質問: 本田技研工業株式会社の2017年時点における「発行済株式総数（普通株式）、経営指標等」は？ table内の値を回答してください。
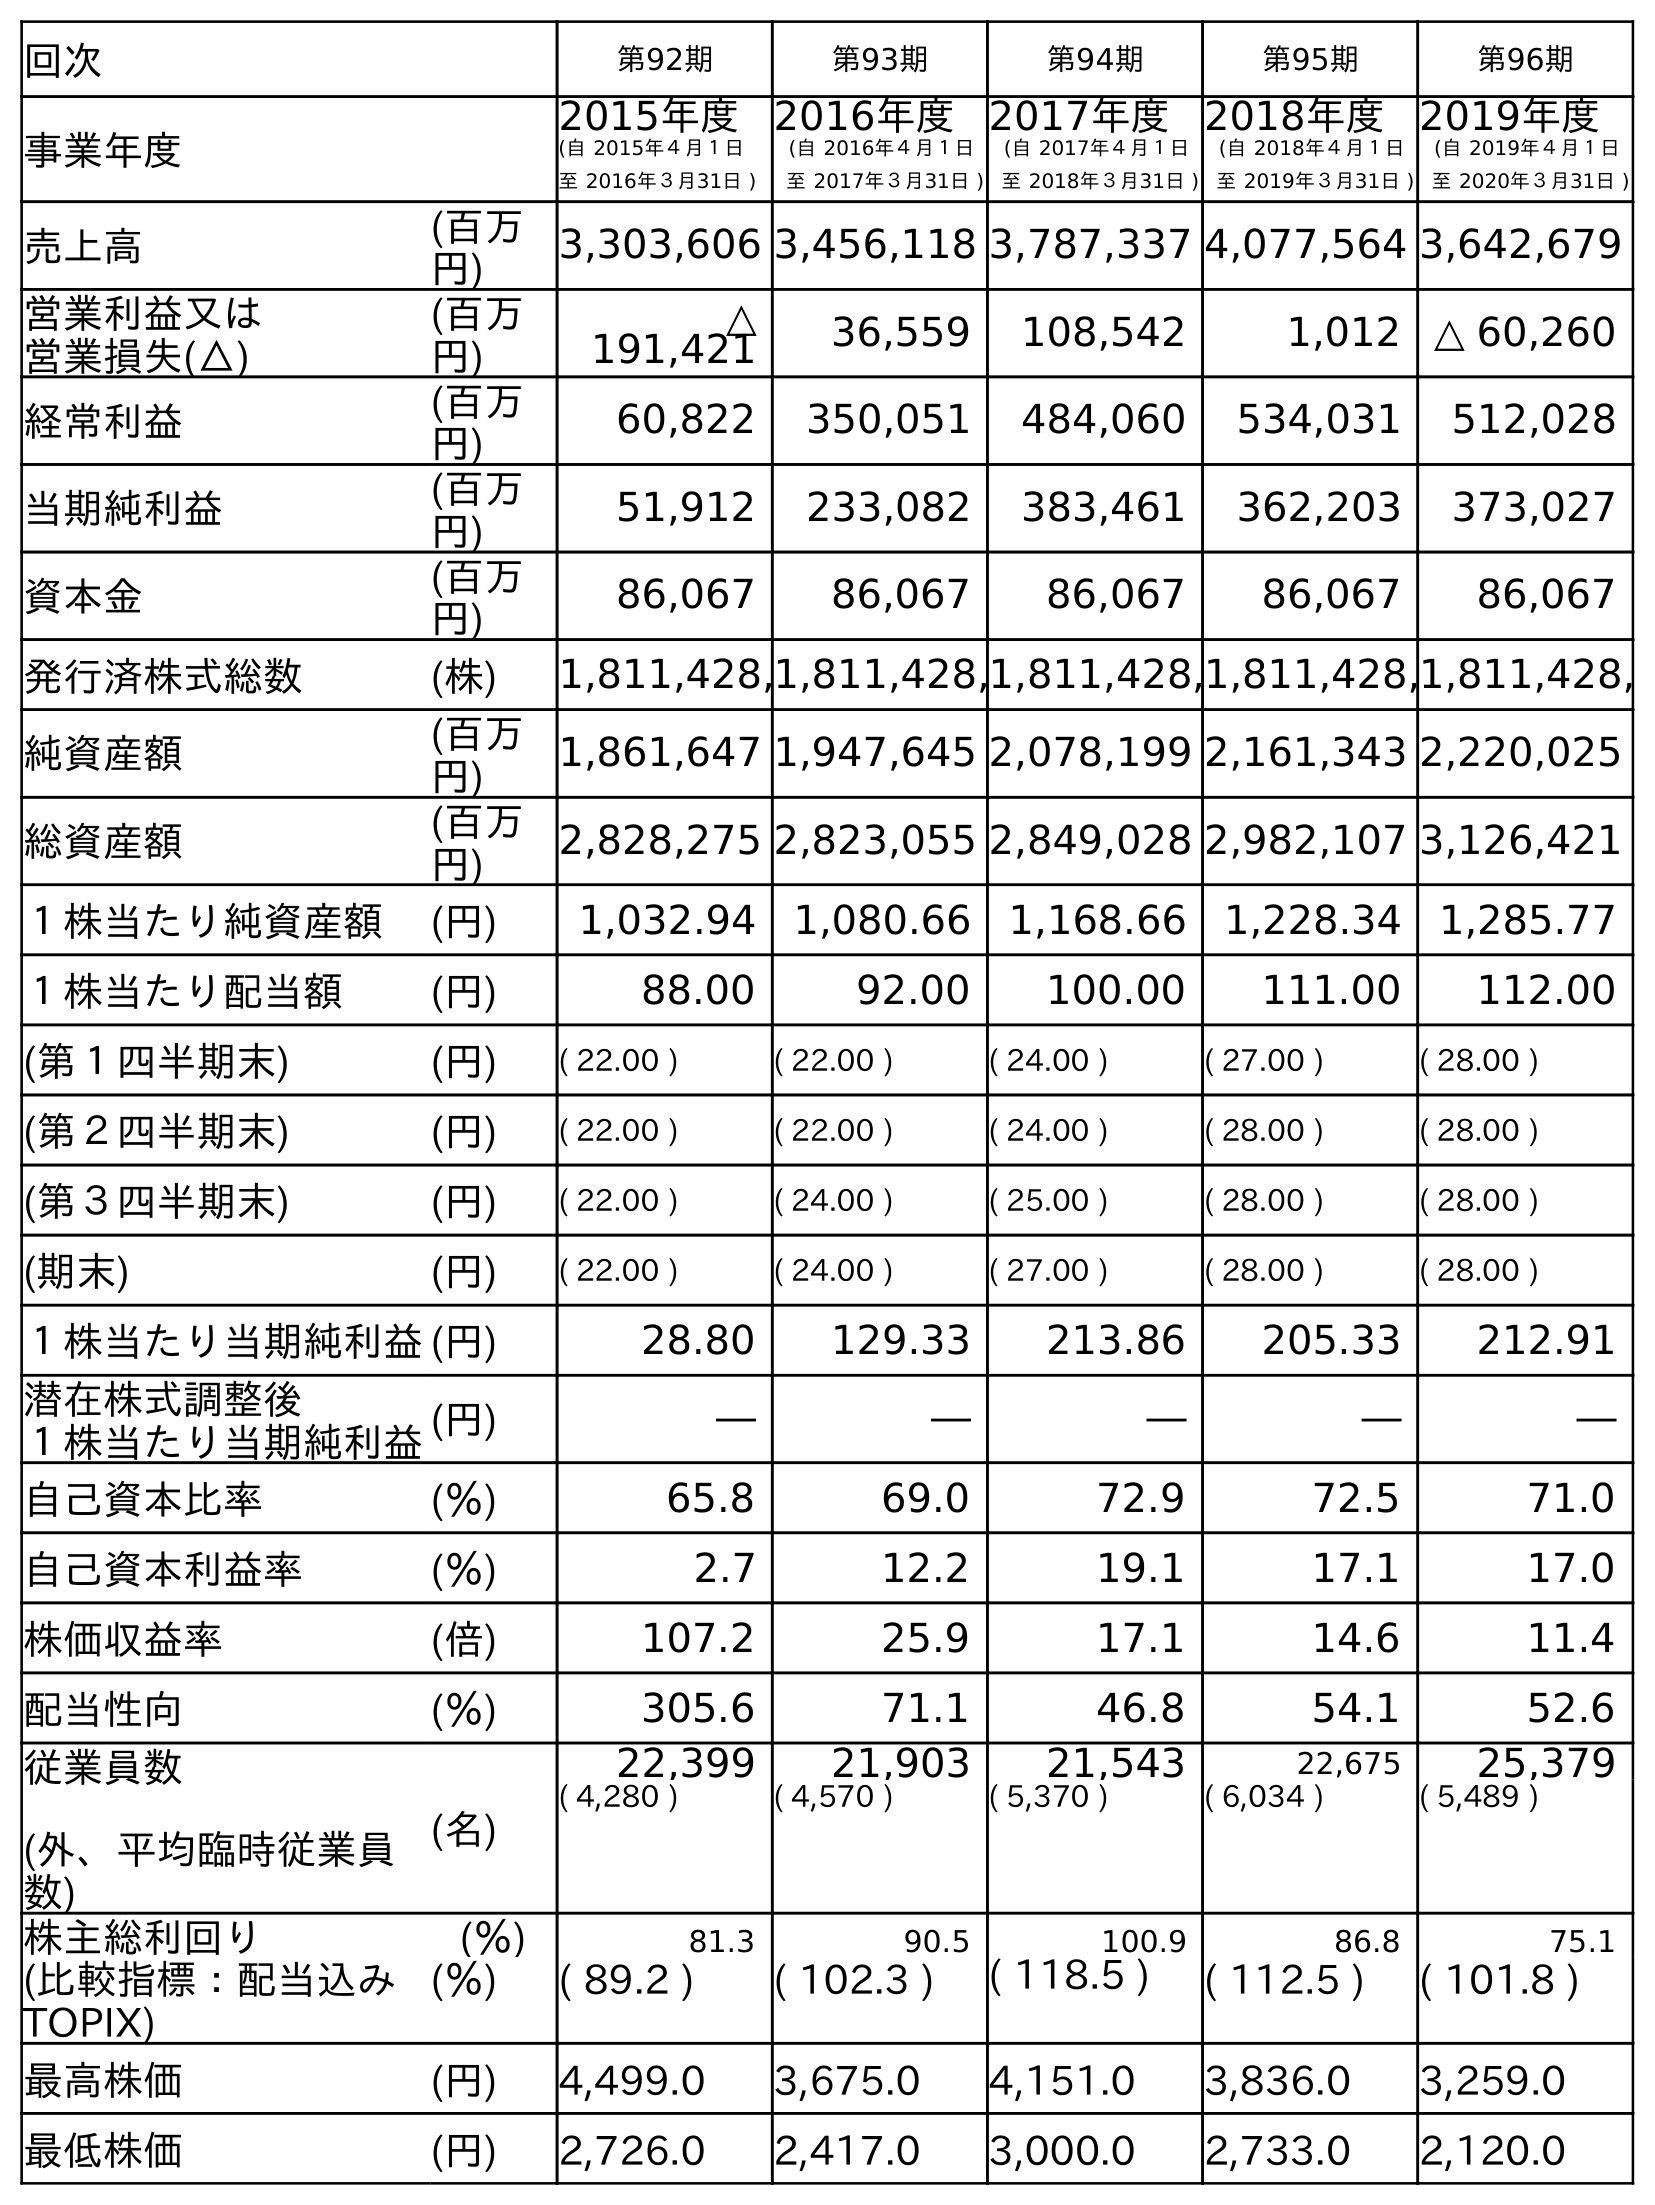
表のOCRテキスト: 回次 第92期 第93期 第94期 第95期 第96期 事業年度 2015年度 (自 2015年４月１日 至 2016年３月31日 ) 2016年度 (自 2016年４月１日 至 2017年３月31日 ) 2017年度 (自 2017年４月１日 至 2018年３月31日 ) 2018年度 (自 2018年４月１日 至 2019年３月31日 ) 2019年度 (自 2019年４月１日 至 2020年３月31日 ) 売上高 (百万 円) 3,303,606 3,456,118 3,787,337 4,077,564 3,642,679 営業利益又は 営業損失(△) (百万 円) △ 191,421 36,559 108,542 1,012 △ 60,260 経常利益 (百万 円) 60,822 350,051 484,060 534,031 512,028 当期純利益 (百万 円) 51,912 233,082 383,461 362,203 373,027 資本金 (百万 円) 86,067 86,067 86,067 86,067 86,067 発行済株式総数 (株) 1,811,428,1,811,428,1,811,428,1,811,428,1,811,428, 純資産額 (百万 円) 1,861,647 1,947,645 2,078,199 2,161,343 2,220,025 総資産額 (百万 円) 2,828,275 2,823,055 2,849,028 2,982,107 3,126,421 １株当たり純資産額 (円) 1,032.94 1,080.66 1,168.66 1,228.34 1,285.77 １株当たり配当額 (円) 88.00 92.00 100.00 111.00 112.00 (第１四半期末) (円) ( 22.00 ) ( 22.00 ) ( 24.00 ) ( 27.00 ) ( 28.00 ) (第２四半期末) (円) ( 22.00 ) ( 22.00 ) ( 24.00 ) ( 28.00 ) ( 28.00 ) (第３四半期末) (円) ( 22.00 ) ( 24.00 ) ( 25.00 ) ( 28.00 ) ( 28.00 ) (期末) (円) ( 22.00 ) ( 24.00 ) ( 27.00 ) ( 28.00 ) ( 28.00 ) １株当たり当期純利益(円) 28.80 129.33 213.86 205.33 212.91 潜在株式調整後 １株当たり当期純利益(円) ― ― ― ― ― 自己資本比率 (％) 65.8 69.0 72.9 72.5 71.0 自己資本利益率 (％) 2.7 12.2 19.1 17.1 17.0 株価収益率 (倍) 107.2 25.9 17.1 14.6 11.4 配当性向 (％) 305.6 71.1 46.8 54.1 52.6 従業員数 (外、平均臨時従業員 数) (名) 22,399 21,903 21,543 22,675 25,379 ( 4,280 ) ( 4,570 ) ( 5,370 ) ( 6,034 ) ( 5,489 ) 株主総利回り (％) 81.3 90.5 100.9 86.8 75.1 (比較指標：配当込み TOPIX) (％) ( 89.2 ) ( 102.3 ) ( 118.5 ) ( 112.5 ) ( 101.8 ) 最高株価 (円) 4,499.0 3,675.0 4,151.0 3,836.0 3,259.0 最低株価 (円) 2,726.0 2,417.0 3,000.0 2,733.0 2,120.0
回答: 1,811,428,430